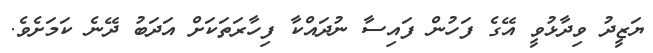
ޔަޒީދު ވިދާޅުވީ އޭގެ ފަހުން ފައިސާ ނުދައްކާ ފިހާރަތަކަށް އަދަބު ދޭނެ ކަމަށެވެ.